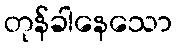
တုန်ခါနေသော